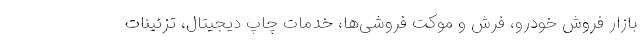
بازار فروش خودرو، فرش و موکت فروشی‌ها، خدمات چاپ دیجیتال، تزئینات